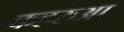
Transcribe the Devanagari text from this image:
कहरुआ